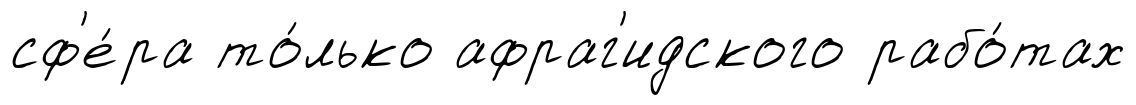
сф'е́ра то́лько афраг'идского рабо́тах